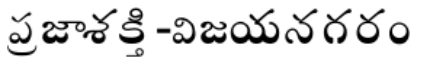
ప్రజాశక్తి-విజయనగరం